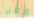
فعل